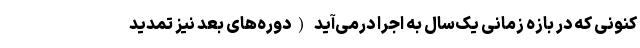
کنونی که در بازه زمانی یک‌سال به اجرا درمی‌آید (دوره‌های بعد نیز تمدید